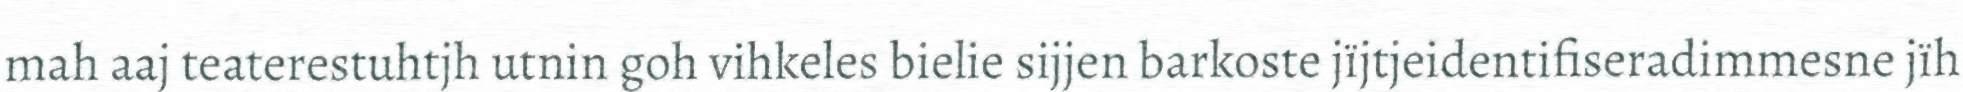
mah aaj teaterestuhtjh utnin goh vihkeles bielie sijjen barkoste jïjtjeidentifiseradimmesne jïh